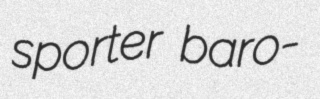
sporter baro-